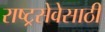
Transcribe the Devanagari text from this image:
राष्ट्रसेवेसाठी